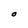
Character: O